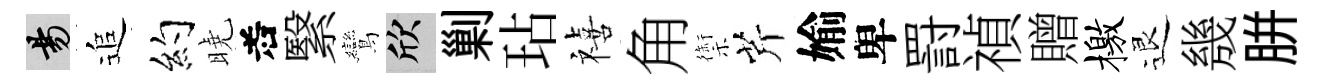
昜追约曉𠰥繄鸞欣剿玷禧角禦芹媮卑罸禎贈檄退㡬胼